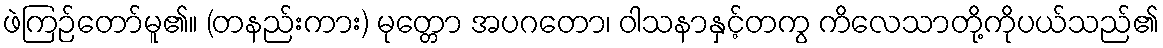
ဖဲကြဉ်တော်မူ၏။ (တနည်းကား) မုတ္တော အပဂတော၊ ဝါသနာနှင့်တကွ ကိလေသာတို့ကိုပယ်သည်၏